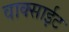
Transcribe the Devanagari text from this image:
वाक्साईट